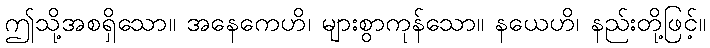
ဤသို့အစရှိသော။ အနေကေဟိ၊ များစွာကုန်သော။ နယေဟိ၊ နည်းတို့ဖြင့်။